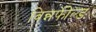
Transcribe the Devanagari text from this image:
विन्नफील्ड